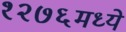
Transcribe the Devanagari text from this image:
१२७६मध्ये